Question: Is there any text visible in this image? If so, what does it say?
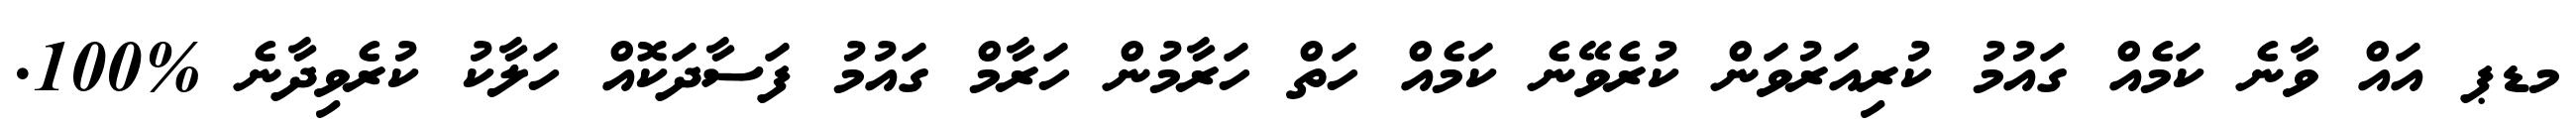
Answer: މޑޕ އައް ވާނެ ކަމެއް ގައުމު ކުރިއަރުވަން ކުރެވޭނެ ކަމެއް ހަތް ހަރާމުން ހަރާމް ގައުމު ފަސާދަކޮއް ހަލާކު ކުރެވިދާނެ %100.